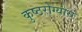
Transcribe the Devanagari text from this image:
कुष्ठरोग्यांस